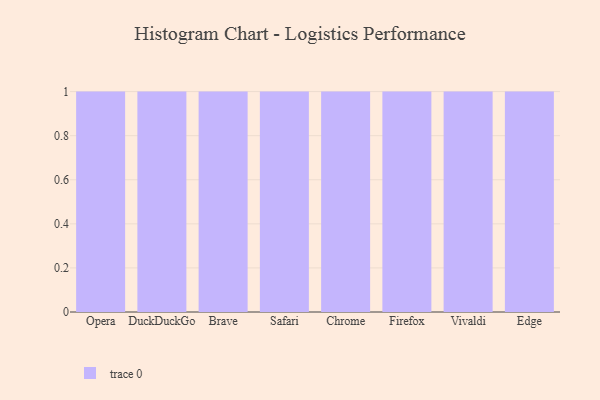
{"axis": {"x": "Browser", "y": "Gross Profit (USD K)"}, "legend": [""], "data": [{"x": "Opera", "y": 48, "type": ""}, {"x": "DuckDuckGo", "y": 95, "type": ""}, {"x": "Brave", "y": 65, "type": ""}, {"x": "Safari", "y": 41, "type": ""}, {"x": "Chrome", "y": 26, "type": ""}, {"x": "Firefox", "y": 50, "type": ""}, {"x": "Vivaldi", "y": 100, "type": ""}, {"x": "Edge", "y": 96, "type": ""}]}